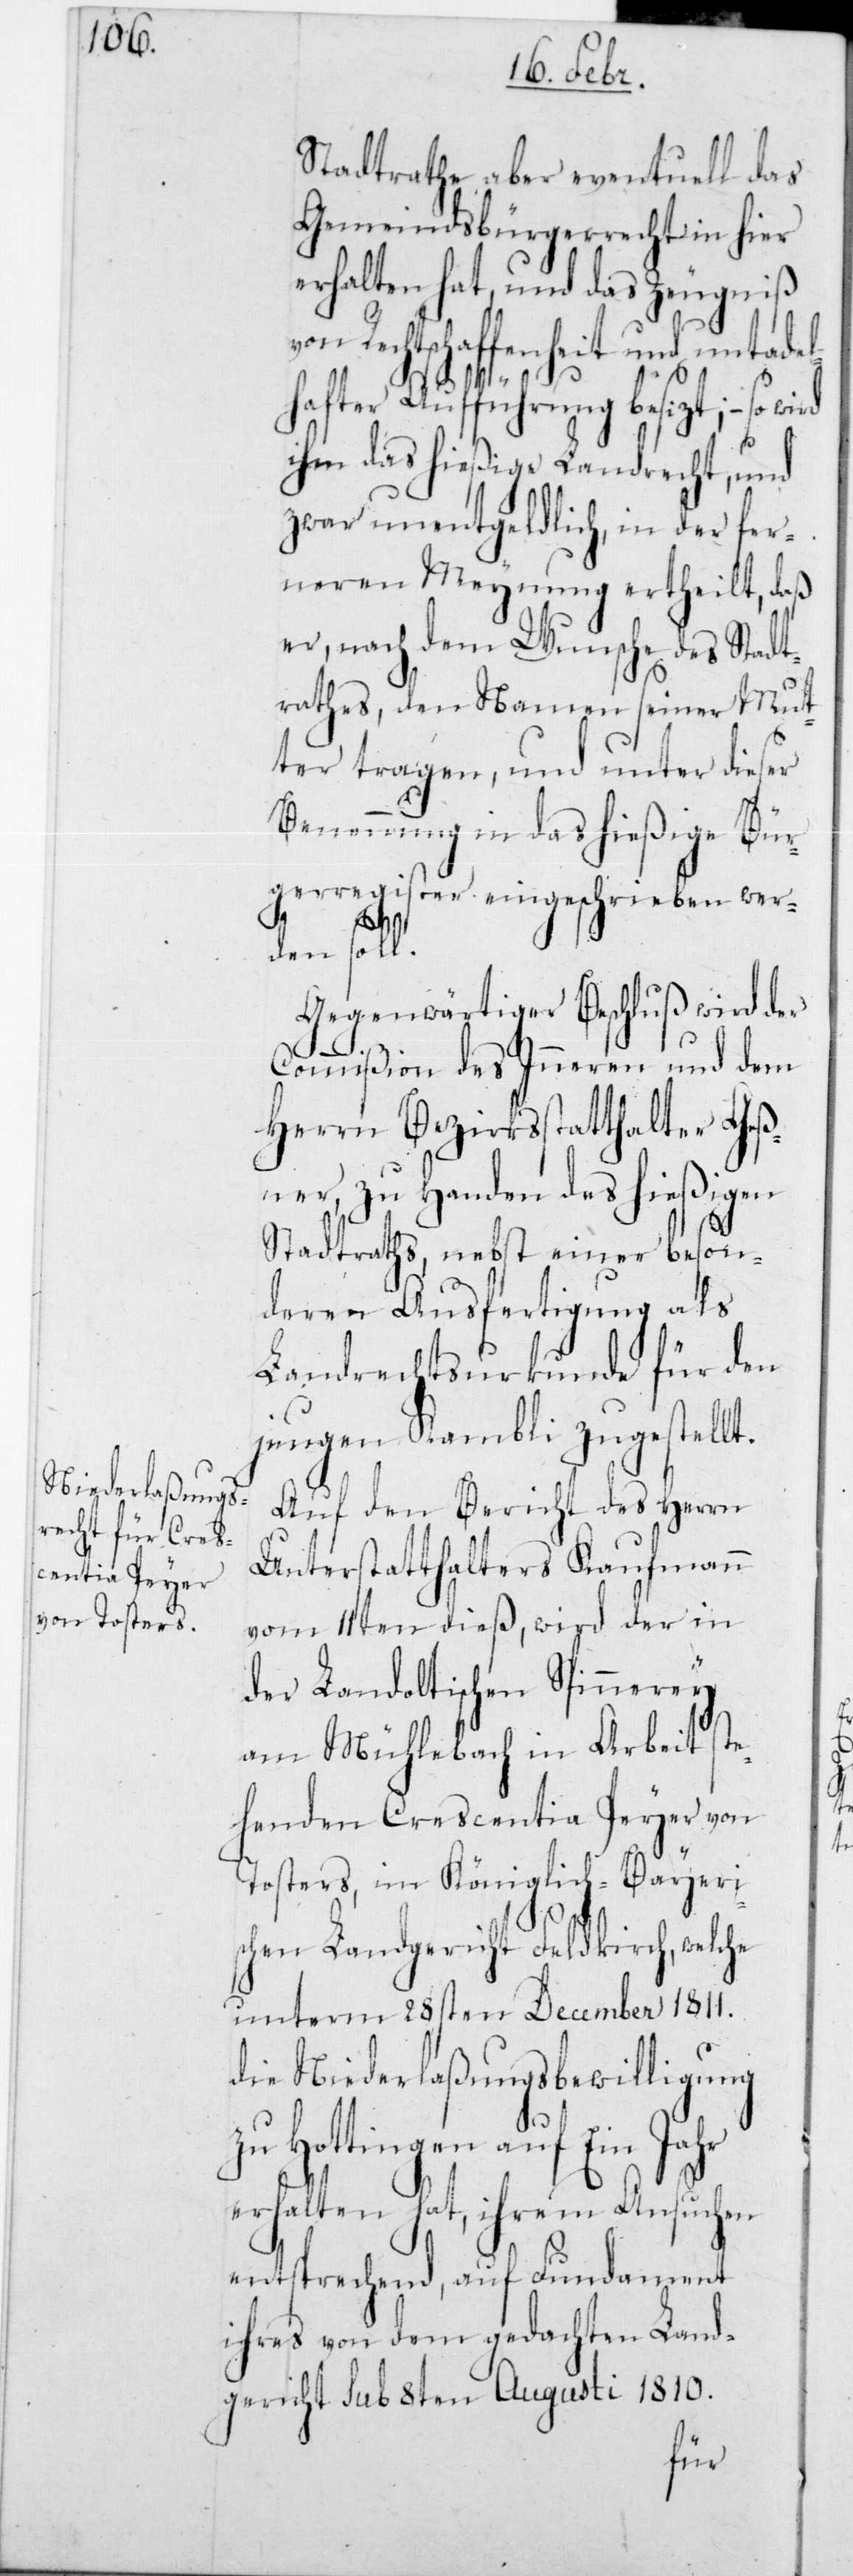
Stadtrathe aber eventuell das
Gemeindsbürgerrecht in hier
erhalten hat, und das Zeugniß
von Rechtschaffenheit und untadel¬
hafter Aufführung besizt, – so wird
ihm das hießige Landrecht, und
zwar unentgeldlich, in der fer¬
neren Meynung ertheilt, daß
er, nach dem Wunsche des Stadt¬
rathes, den Namen seiner Mut¬
ter tragen, und unter dieser
Benennung in das hießige Bür¬
gerregister eingeschrieben wer¬
den soll.
Gegenwärtiger Beschluß wird der
Commißion des Innern und dem
Herrn Bezirksstatthalter Geß¬
ner, zu Handen des hießigen
Stadtraths, nebst einer beson¬
deren Ausfertigung als
Landrechtsurkunde für den
jungen Kambli zugestellt.
Auf den Bericht des Herrn
Unterstatthalters Kaufmann
vom 11ten dieß, wird der in
der Landoltischen Spinnerey
am Mühlebach in Arbeit ste¬
henden Crescentia Peyer von
Tosters, im Königlich-Bayeris¬
chen Landgericht Feldkirch, welche
unterm 28sten December 1811
die Niederlaßungsbewilligung
zu Hottingen auf ein Jahr
erhalten hat, ihrem Ansuchen
entsprechend, auf Fundament
ihres von dem gedachten Land¬
gericht sub 8ten Augusti 1810